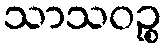
သာသဝဉ္စ